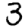
Digit: 3